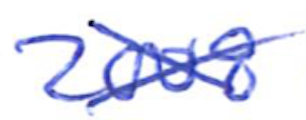
Text: 2008
Cross-out: mix
Writing tool: ballpoint